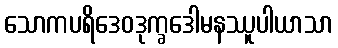
သောကပရိဒေဝဒုက္ခဒေါမနဿူပါယာသာ